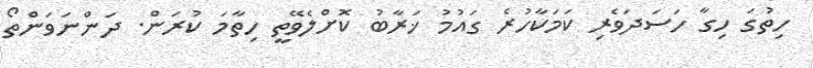
ހިތުގަ ހިގާ ހަސަދަވެރި ކަމަކާހުރެ ގައުމު ޚަރާބު ކޮށްލެވޭތީ ހިތާމަ ކުރަން. ދަންނަވަންތޯ